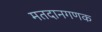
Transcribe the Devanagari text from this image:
मतदानगणक